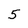
Character: 5